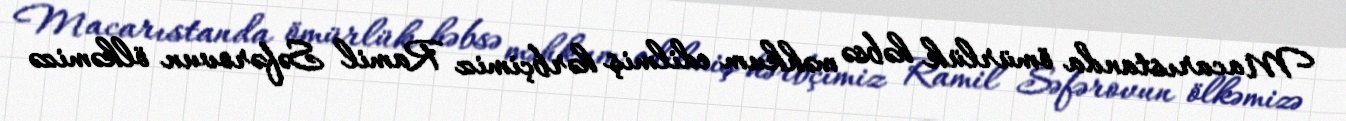
Macarıstanda ömürlük həbsə məhkum edilmiş hərbçimiz Ramil Səfərovun ölkəmizə